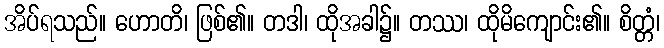
အိပ်ရသည်။ ဟောတိ၊ ဖြစ်၏။ တဒါ၊ ထိုအခါ၌။ တဿ၊ ထိုမိကျောင်း၏။ စိတ္တံ၊